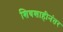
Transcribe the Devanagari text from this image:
शिवशाहीनंतर